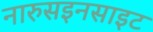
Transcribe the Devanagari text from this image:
नारुसइनसाइट